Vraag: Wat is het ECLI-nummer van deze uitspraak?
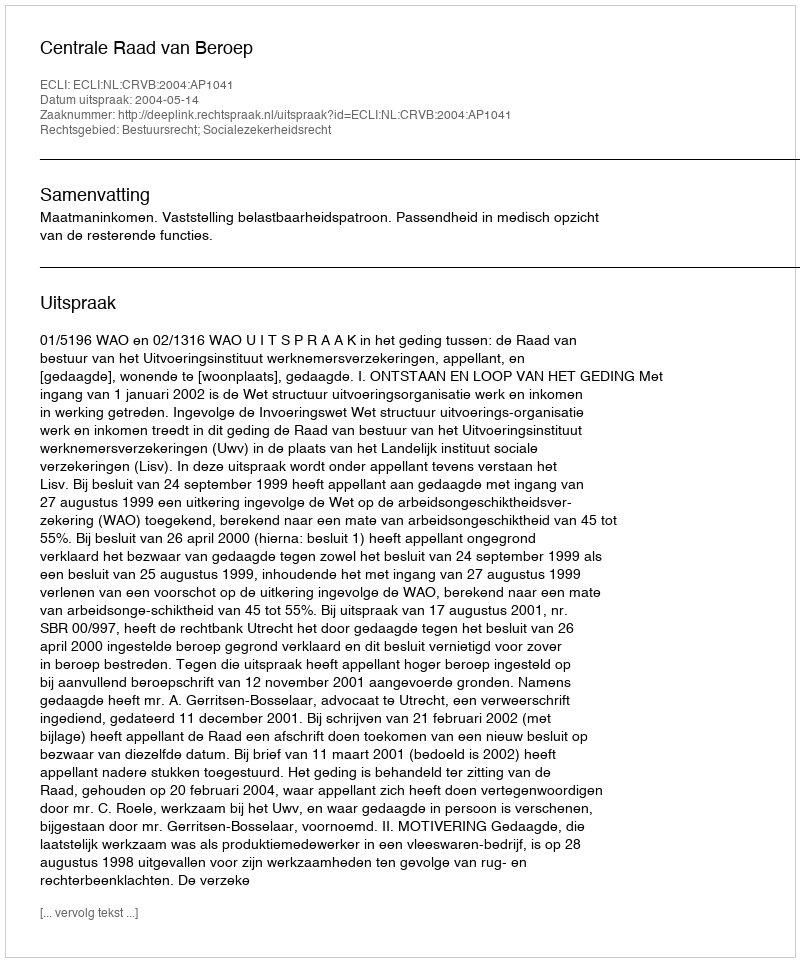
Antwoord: ECLI:NL:CRVB:2004:AP1041